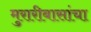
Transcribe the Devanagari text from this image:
मुरारीबासांचा